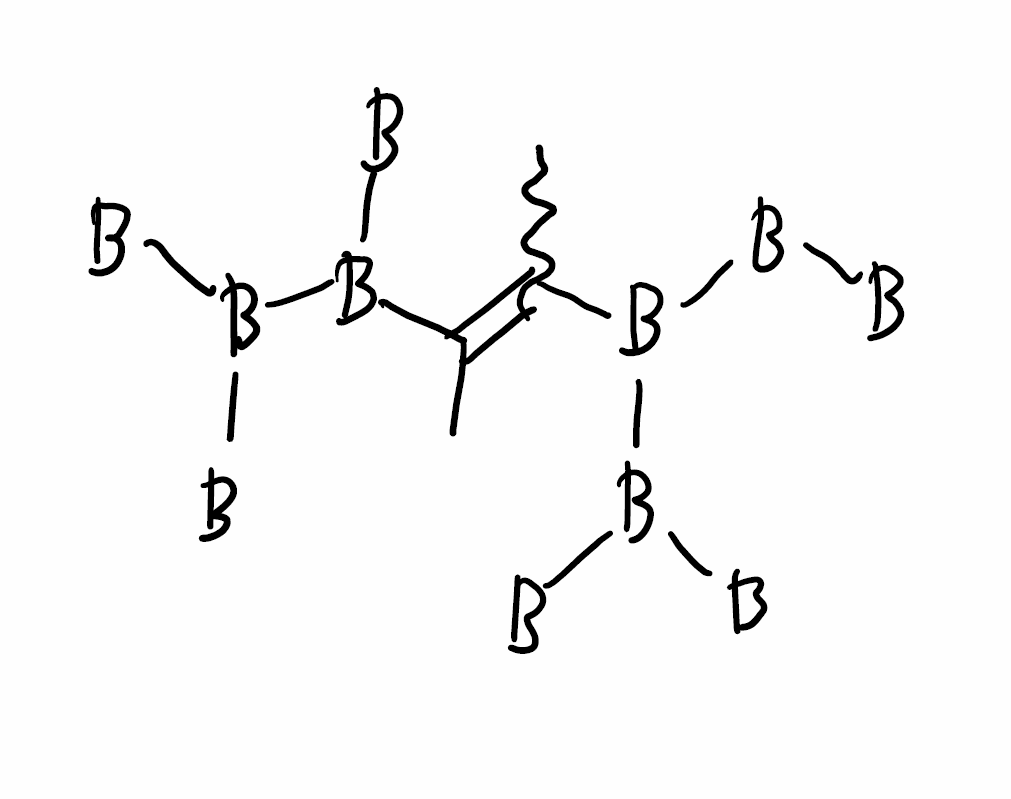
Simplified molecular-input line-entry system (SMILES) notation of the given molecule:
[B][B]B(B([B])[B])C(=C(B([B])B([B])[B])C)C